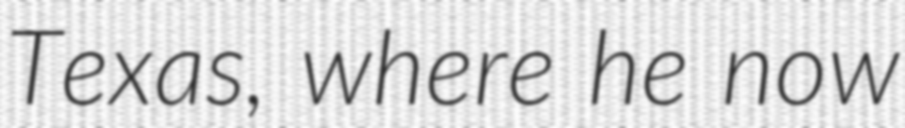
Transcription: Texas, where he now